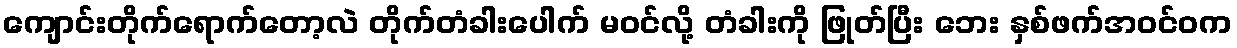
ကျောင်းတိုက်ရောက်တော့လဲ တိုက်တံခါးပေါက် မဝင်လို့ တံခါးကို ဖြုတ်ပြီး ဘေး နှစ်ဖက်အဝင်ဝက